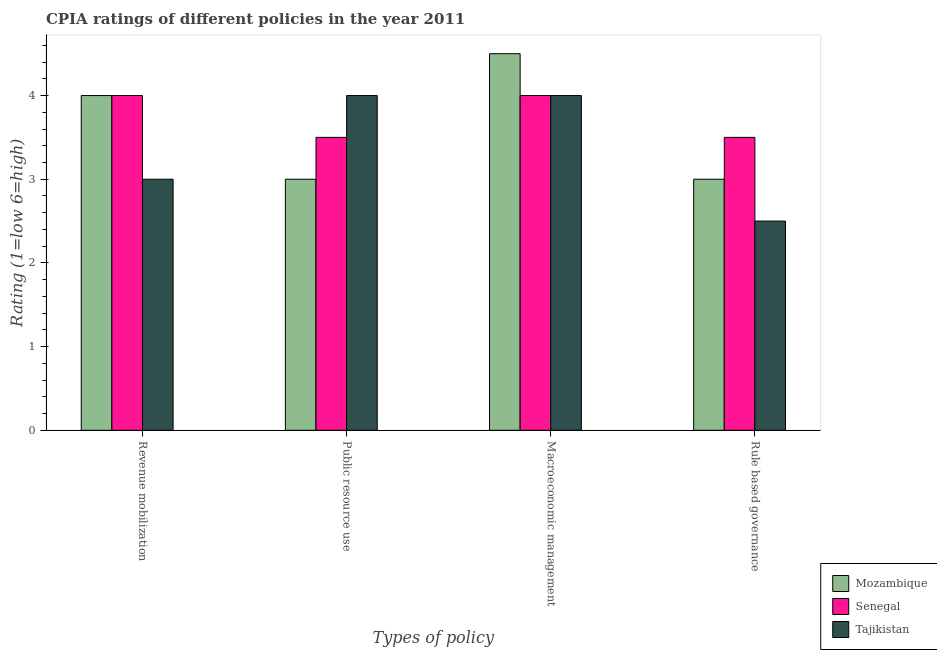
| Types of policy | Mozambique | Senegal | Tajikistan |
 | --- | --- | --- | --- |
 | Revenue mobilization | 4 | 4 | 3 |
 | Public resource use | 3 | 3.5 | 4 |
 | Macroeconomic management | 4.5 | 4 | 4 |
 | Rule based governance | 3 | 3.5 | 2.5 |